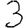
Digit: 3